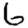
Digit: 6